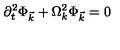
\partial _ { t } ^ { 2 } \Phi _ { \vec { k } } + \Omega _ { k } ^ { 2 } \Phi _ { \vec { k } } = 0